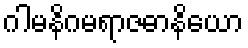
ဂါမနိဂမရာဇဓာနိယော